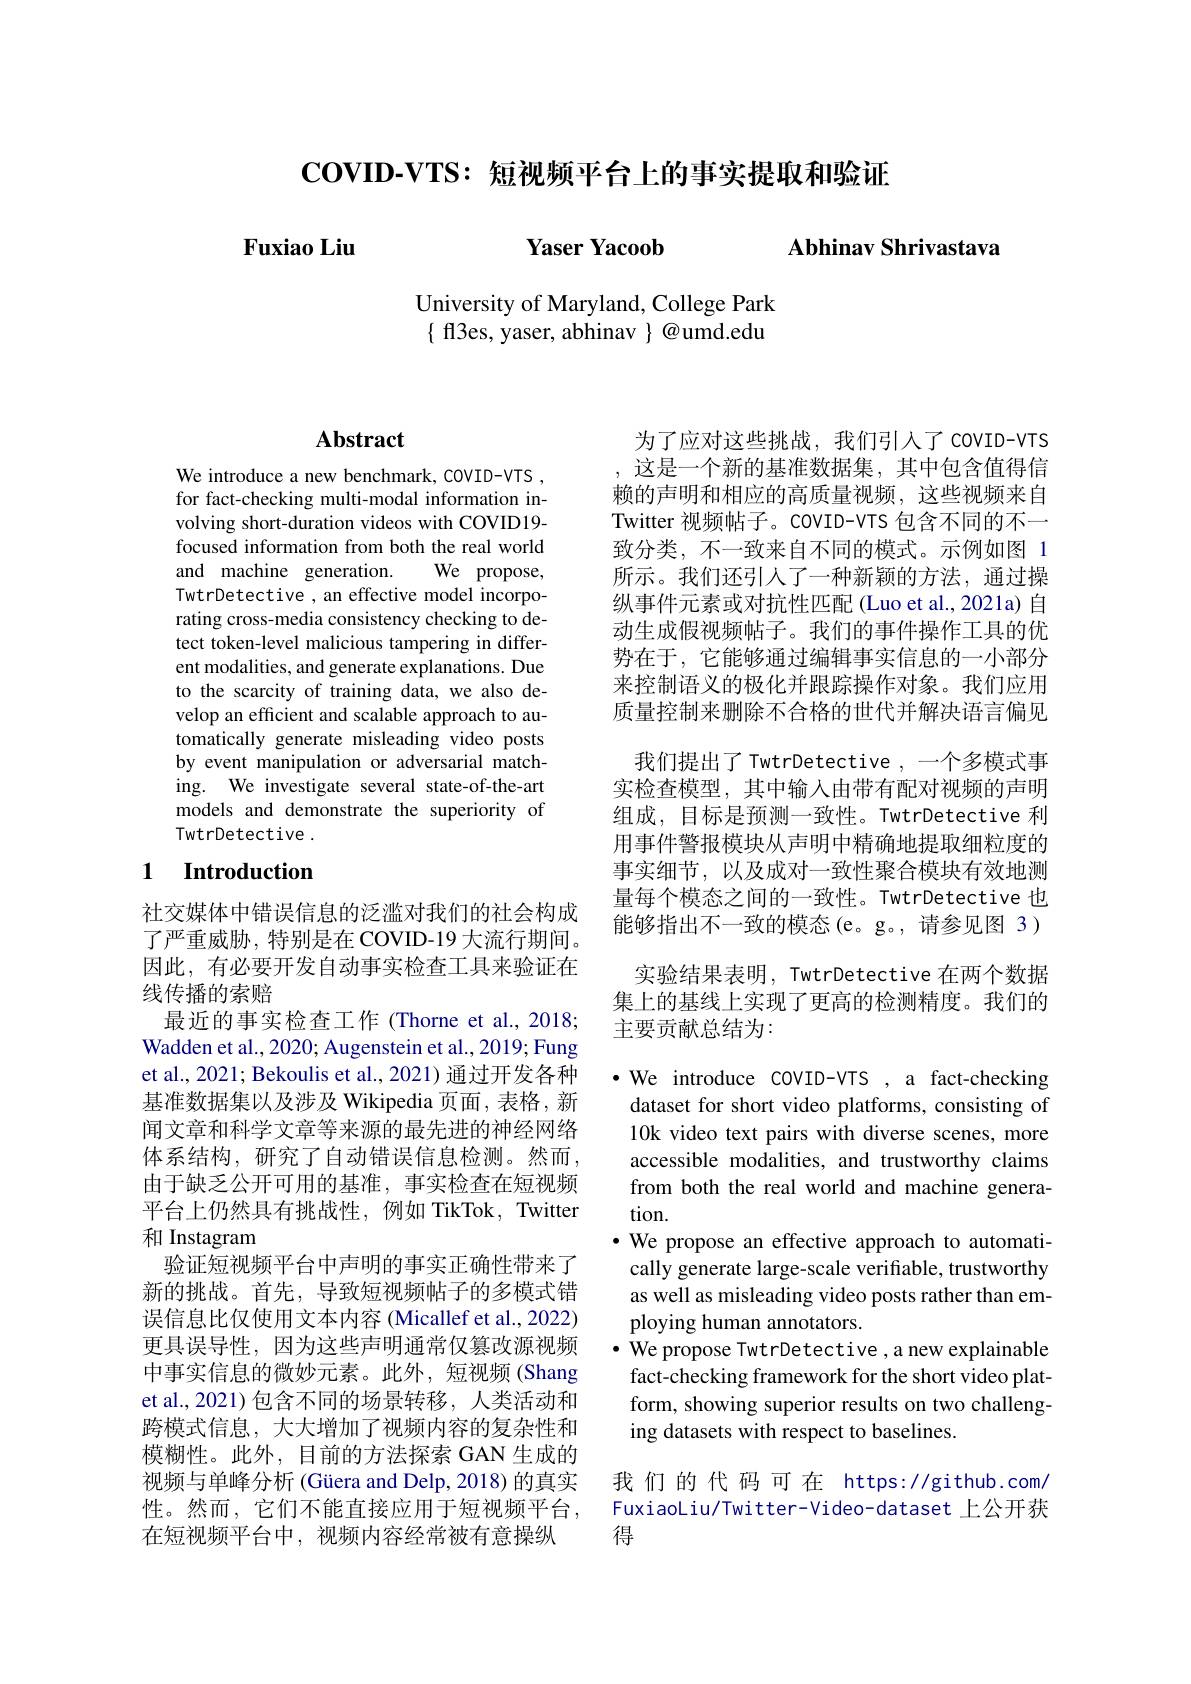
$\mathbf{COVID-VTS:}$短视频平台上的事实提取和验证

$\mathbf{FuxiaoLiu}$

Yaser Yacoob Abhinav Shrivastava

University of Maryland, College Park $\{$ ff3es, yaser, abhinav $\}@$umd.edu

## $\mathbf{Abstract}$

We introduce a new benchmark, COVID-VTS , for fact-checking multi-modal information involving short-duration videos with COVID19- focused information from both the real world and machine generation. We propose, TwtrDetective , an effective model incorporating cross-media consistency checking to detect token-level malicious tampering in different modalities, and generate explanations. Due to the scarcity of training data, we also develop an efficient and scalable approach to automatically generate misleading video posts by event manipulation or adversarial matching. We investigate several state-of-the-art models and demonstrate the superiority of TwtrDetective .

### 1 $\textbf{Introduction}$

社交媒体中错误信息的泛滥对我们的社会构成了严重威胁，特别是在 COVID-19 大流行期间。因此，有必要开发自动事实检查工具来验证在线传播的索赔
最近的事实检查工作 (Thorne et al., 2018; Wadden et al., 2020; Augenstein et al., 2019; Fung et al., 2021; Bekoulis et al., 2021) 通过开发各种基准数据集以及涉及 Wikipedia 页面，表格，新闻文章和科学文章等来源的最先进的神经网络体系结构，研究了自动错误信息检测。然而， 由于缺乏公开可用的基准，事实检查在短视频平台上仍然具有挑战性，例如 TikTok, Twitter 和 Instagram
验证短视频平台中声明的事实正确性带来了新的挑战。首先，导致短视频帖子的多模式错误信息比仅使用文本内容(Micallef et al., 2022) 更具误导性，因为这些声明通常仅篡改源视频中事实信息的微妙元素。此外，短视频(Shang et al.,2021)包含不同的场景转移，人类活动和跨模式信息，大大增加了视频内容的复杂性和模糊性。此外，目前的方法探索 GAN 生成的视频与单峰分析 (Güera and Delp, 2018) 的真实性。然而，它们不能直接应用于短视频平台， 在短视频平台中，视频内容经常被有意操纵

为了应对这些挑战，我们引入了 covio-vTS 这是一个新的基准数据集，其中包含值得信赖的声明和相应的高质量视频，这些视频来自Twitter 视频帖子。COVID-VTS 包含不同的不一致分类，不一致来自不同的模式。示例如图 1所示。我们还引人了一种新颖的方法，通过操纵事件元素或对抗性匹配(Luo et al., 2021a) 自动生成假视频帖子。我们的事件操作工具的优势在于，它能够通过编辑事实信息的一小部分来控制语义的极化并跟踪操作对象。我们应用质量控制来删除不合格的世代并解决语言偏见
我们提出了 TwtrDetective ,一个多模式事实检查模型，其中输入由带有配对视频的声明组成，目标是预测一致性。TwtrDetective 利用事件警报模块从声明中精确地提取细粒度的事实细节，以及成对一致性聚合模块有效地测量每个模态之间的一致性。TwtrDetective 也能够指出不一致的模态(e。g。,请参见图 3)
实验结果表明，TwtrDetective 在两个数据集上的基线上实现了更高的检测精度。我们的主要贡献总结为：

·We introduce COVID-VTS ,a fact-checking
dataset for short video platforms, consisting of 10k video text pairs with diverse scenes, more accessible modalities, and trustworthy claims from both the real world and machine generation.
·We propose an effective approach to automati-
cally generate large-scale verifiable, trustworthy as well as misleading video posts rather than employing human annotators.
$\bullet$ We propose TwtrDetective , a new explainable
fact-checking framework for the short video platform, showing superior results on two challenging datasets with respect to baselines.

我们的代码可在 https://github.com/ FuxiaoLiu/Twitter-Video-dataset 上公开获得